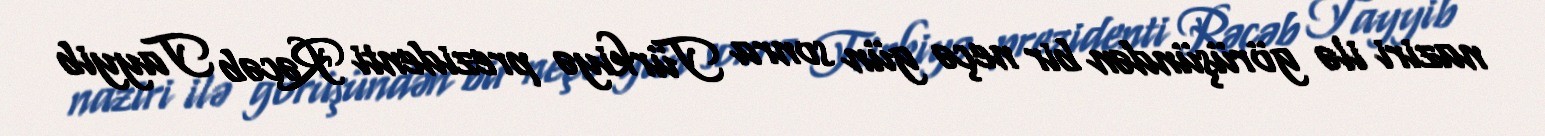
naziri ilə görüşündən bir neçə gün sonra Türkiyə prezidenti Rəcəb Tayyib